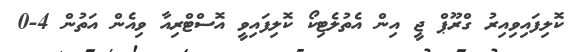
ކޮލިފައިވިއިރު ގްރޫޕް ޖީ އިން އެތުލެޓިކޯ ކޮލިފައިވީ އޮސްޓްރިއާ ވިއެން އަތުން 4-0